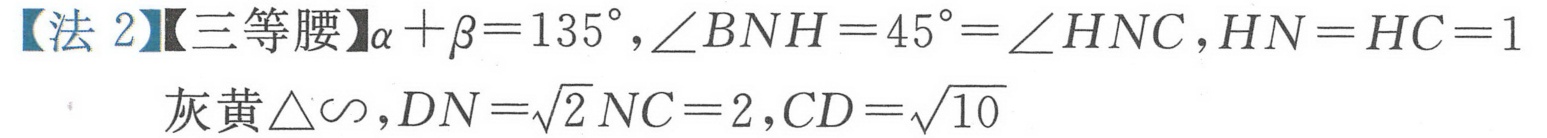
【法 2】【三等腰】\(\alpha+\beta = 135^{\circ},\angle BNH = 45^{\circ}=\angle HNC,HN = HC = 1\)
灰黄\(\triangle\sim,DN=\sqrt{2}NC = 2,CD=\sqrt{10}\)